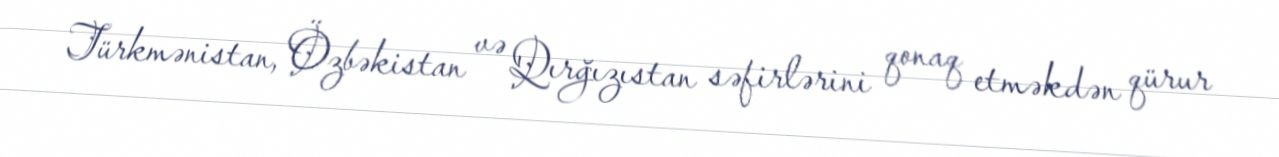
Türkmənistan, Özbəkistan və Qırğızıstan səfirlərini qonaq etməkdən qürur